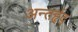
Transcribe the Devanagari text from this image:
अन्तर्हृद्‍